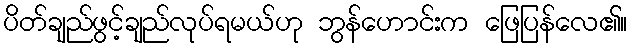
ပိတ်ချည်ဖွင့်ချည်လုပ်ရမယ်ဟု ဘွန်ဟောင်းက ဖြေပြန်လေ၏။